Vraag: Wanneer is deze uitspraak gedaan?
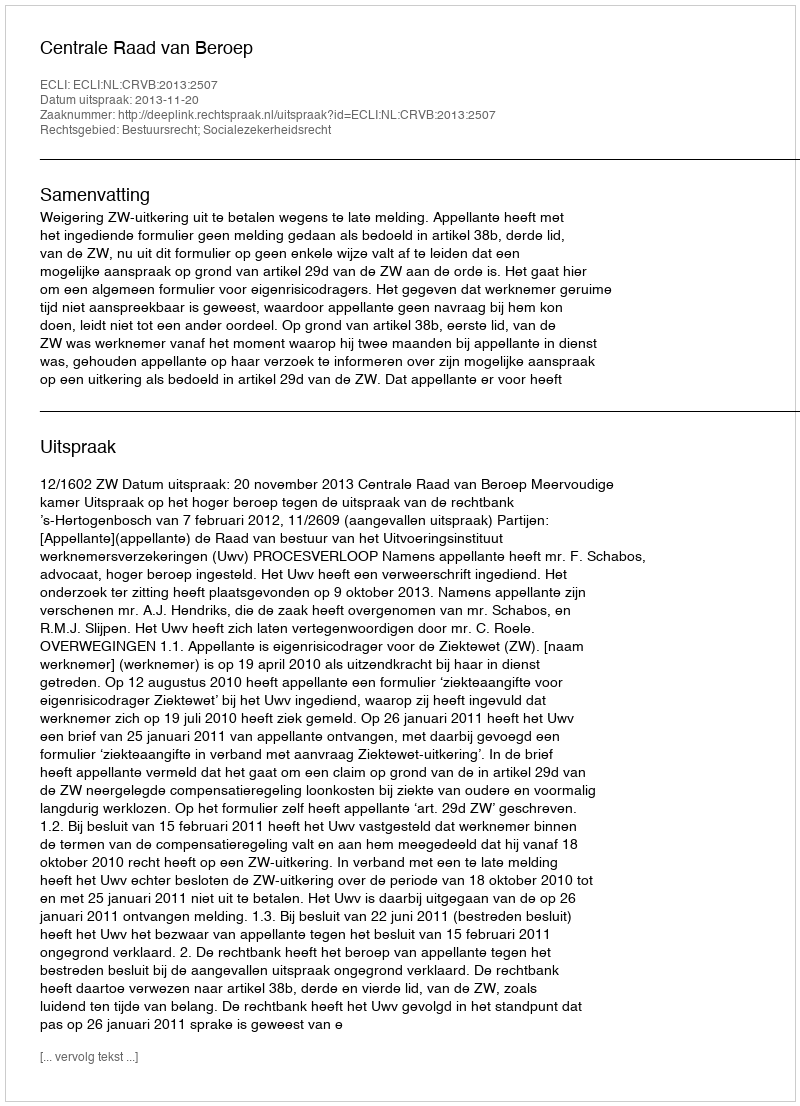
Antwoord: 2013-11-20